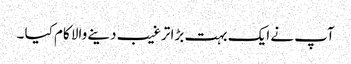
آپ نے ایک بہت بڑا ترغیب دینے والا کام کیا ۔